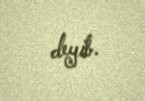
deyib.